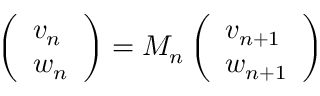
\left( \begin{array} { l } { v _ { n } } \\ { w _ { n } } \end{array} \right) = M _ { n } \left( \begin{array} { l } { v _ { n + 1 } } \\ { w _ { n + 1 } } \end{array} \right)